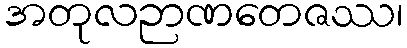
အတုလဉာဏတေဇဿ၊